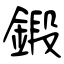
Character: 鍛